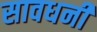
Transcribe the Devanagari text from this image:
सावधनी